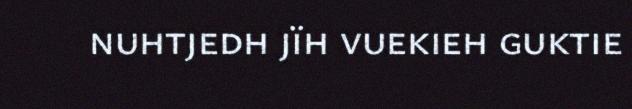
nuhtjedh jïh vuekieh guktie